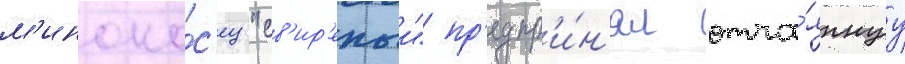
м'иноно́с'ец "св'ир'епыи" пр'едпр'и́н'ял отча́яннуу